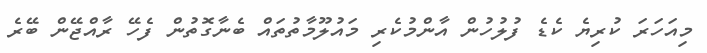
މިއަހަރަ ކުރިޔެ ކެޑެ ފުލުހުން އާންމުކެރި މައުލޫމާތުތައް ބެނާގޮތުން ފެހޭ ރާއްޖޭން ބޭރެ